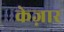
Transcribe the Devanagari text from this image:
केज़ार